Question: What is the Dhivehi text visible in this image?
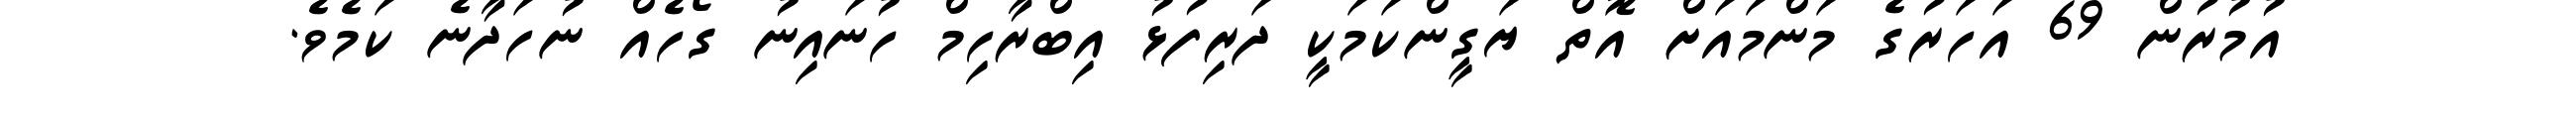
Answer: އުމުރުން 69 އަހަރުގެ މަންމައަށް އޮތް ޔަގީންކަމަކީ ދަރިފުޅު އިބްރާހިމް ހުނައިނު ގޯހެއް ނުހަދާނެ ކަމެވެ.